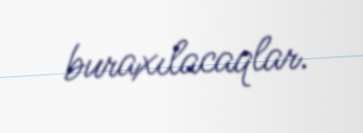
buraxılacaqlar.